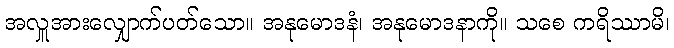
အလှူအားလျှောက်ပတ်သော။ အနုမောဒနံ၊ အနုမောဒနာကို။ သစေ ကရိဿာမိ၊